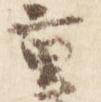
重